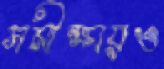
সমীক্ষায়ও